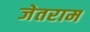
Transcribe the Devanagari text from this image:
जेतराम